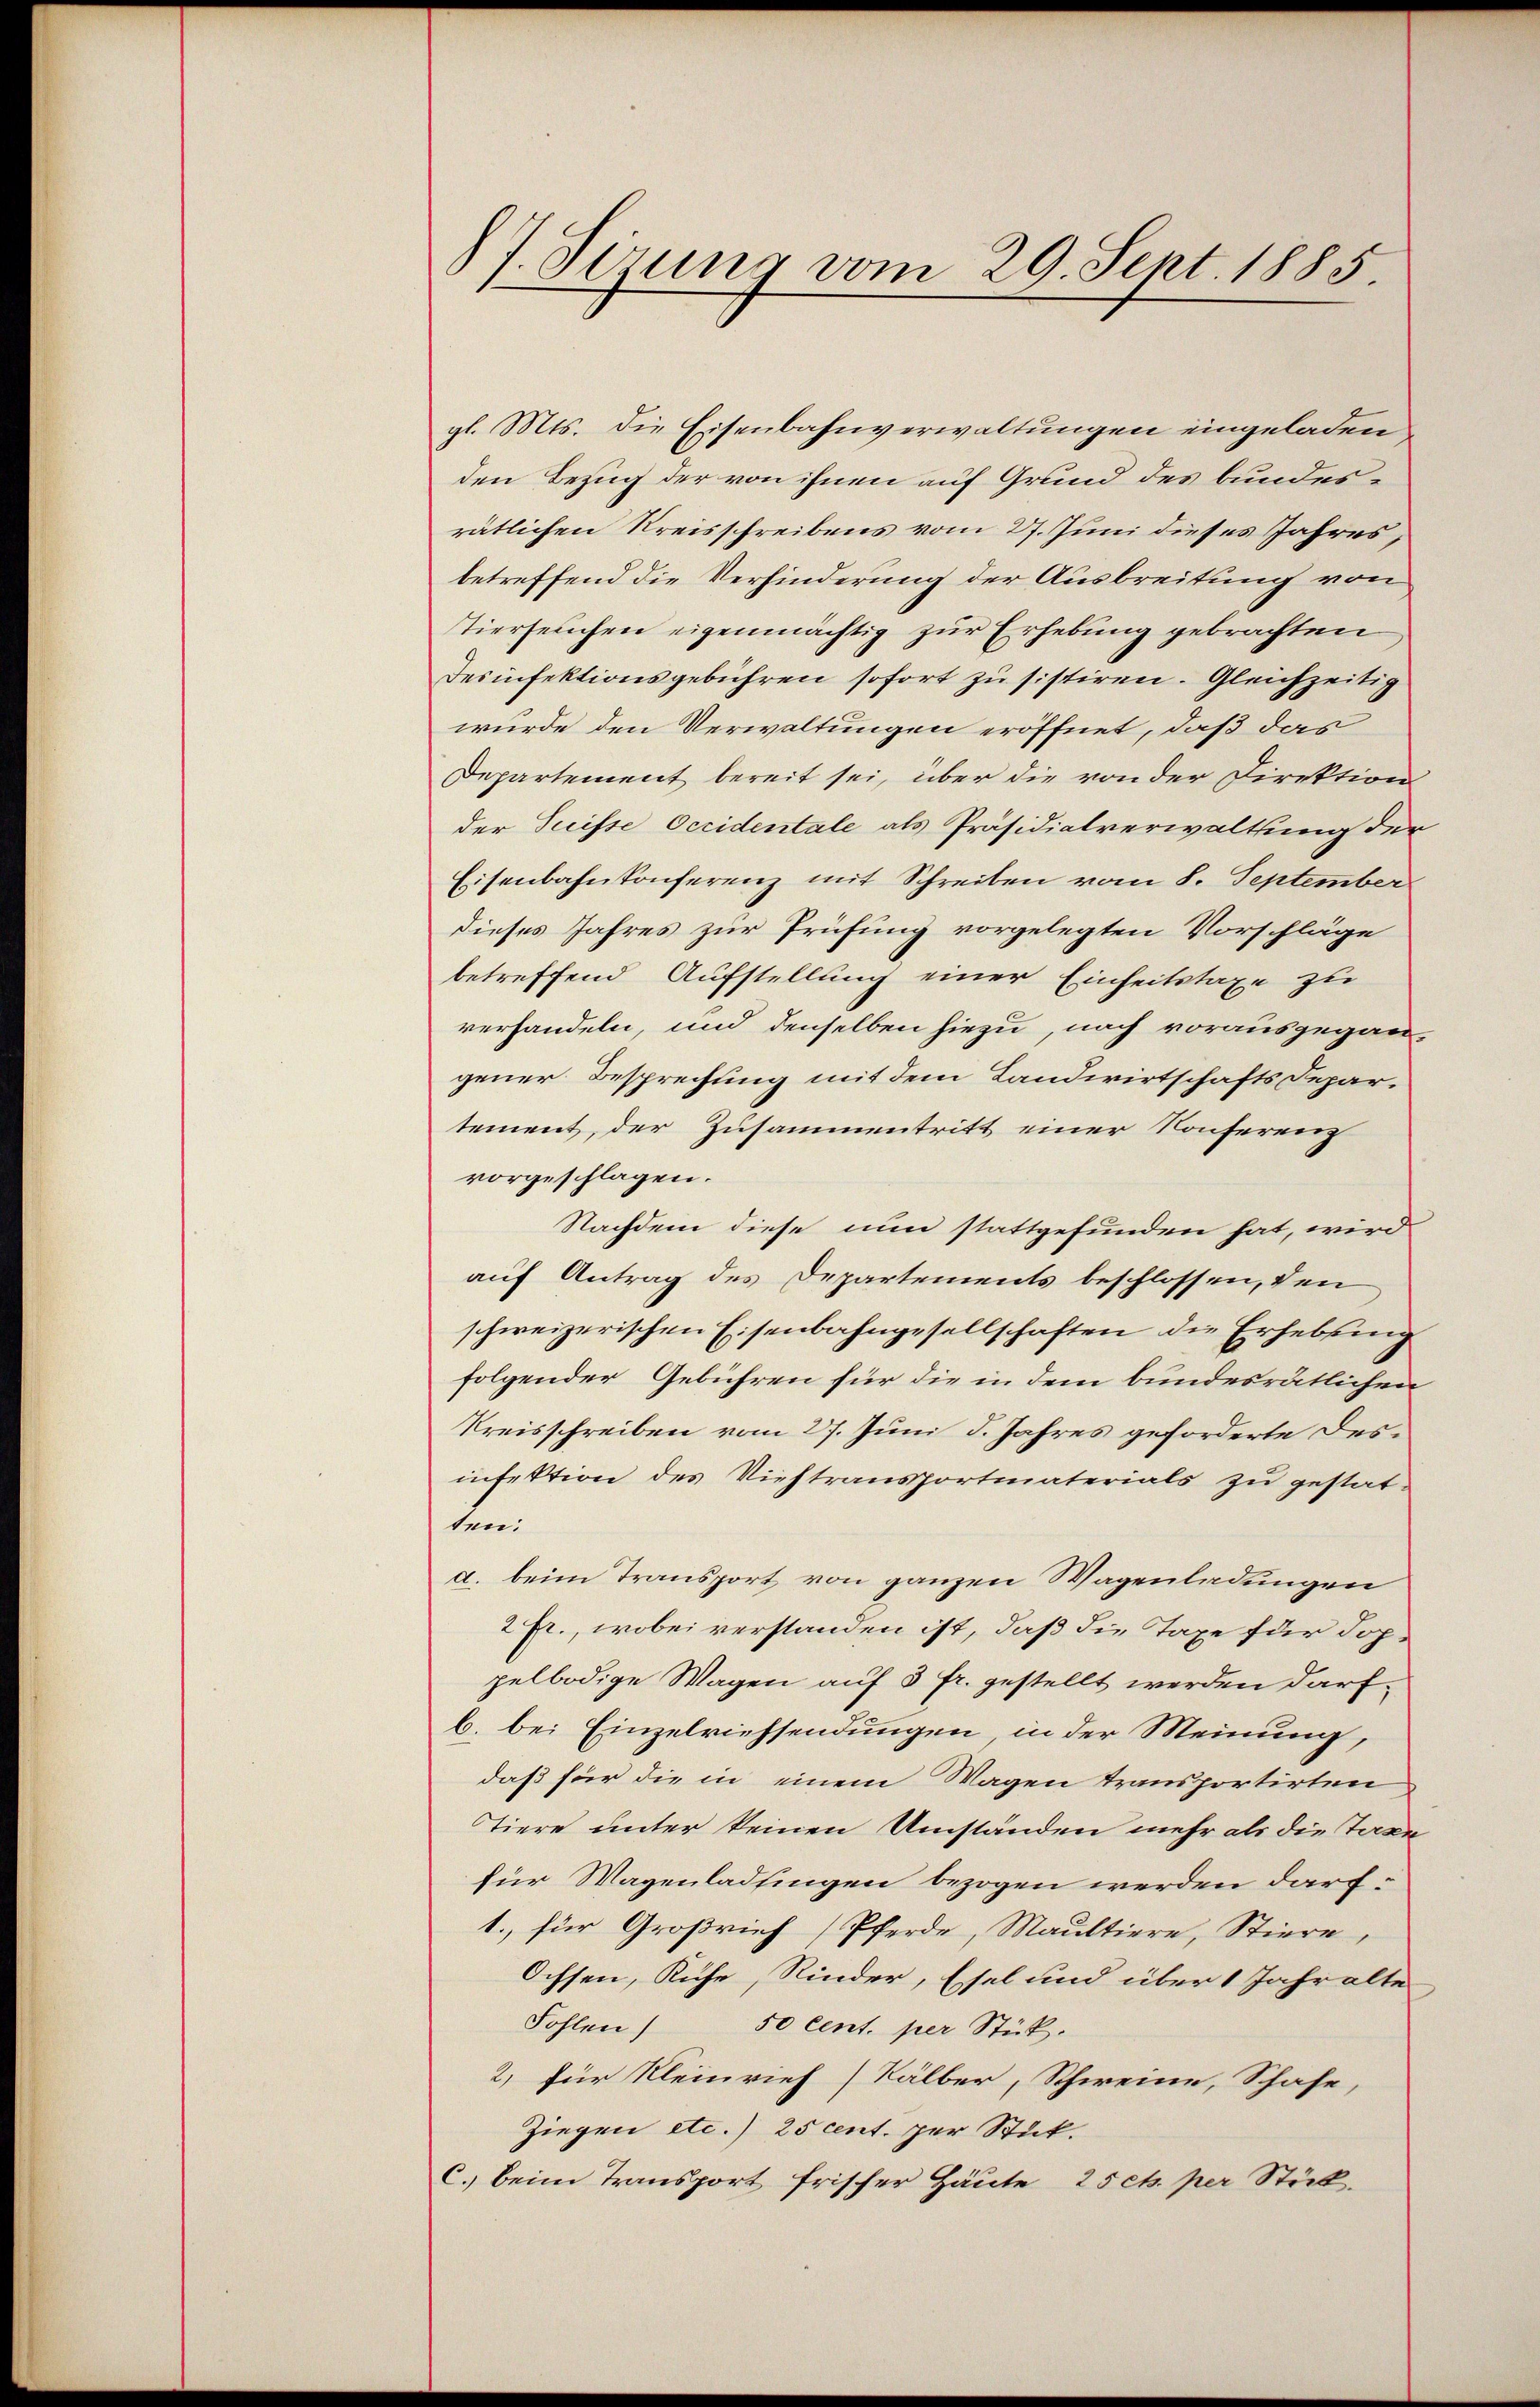
87. Sirung vom 29. Sept. 1885

gl. Mts. die Eisenbahnverwaltungen eingeladen
den Bezug der von ihnen auf Grund des bundesrätlichen Kreisschreibens vom 27. Juni dieses Jahres,
betreffend die Verhinderung der Ausbreitung von
tierseuchen eigenmächtig zur Erhebung gebrachten
Desinfektionsgebühren sofort zu sistiren. Gleichzeitig
wurde den Verwaltungen eröffnet, daß das
Departement bereit sei, über die von der Direktion
der Suisse Occidentale als Präsidialverwaltung der
Eisenbahnkonferenz mit Schreiben vom 8. September
dieses Jahres zur Prüfung vorgelegten Vorschläge
betreffend Aufstellung einer Einheitstaxe zu
verhandeln, und denselben hiezu, nach vorausgegangener Besprechung mit dem Landwirtschafts Departement, der Zusammentritt einer Konferenz
vorgeschlagen.
Nachdem diese nun stattgefunden hat, wird
auf Antrag des Departements beschlossen, den
schweizerischen Eisenbahngesellschaften die Erhebung
folgender Gebühren für die in dem bundesrätlichen
Kreisschreiben vom 27. Juni d. Jahres geforderte desinfektion des Viehtransportmaterials zu gestatten:
a. beim Transport von ganzen Wagenladungen
2 Fr., wobei verstanden ist, daß die Taxe für doppelbödige Wagen auf 3 fr. gestellt werden darfb. bei Einzelriehsendungen, in der Meinung,
daß für die in einem Wagen transportirten
Tiere unter keinen Umständen mehr als die Taxe
für Magenladfingen bezogen werden darf.
1. für Großrief (Pferde, Maultiere, Stiere,
Ochsen, Ruhe, Rinder, Esel und über 1 Jahr alte
Fohlen 50 Cent. per Stück.
2) für Kleinrief) Kälber, Schweine, Schafe,
Ziegen etc.) 25 cent. per Stick.
c. beim Transport frischer Häute 25 cts. per Stück-